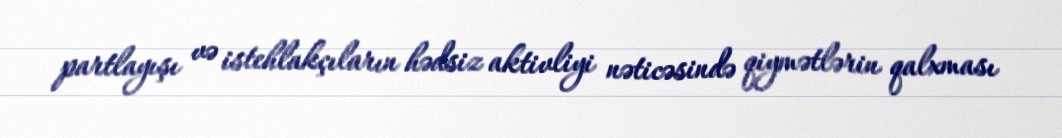
partlayışı və istehlakçıların hədsiz aktivliyi nəticəsində qiymətlərin qalxması